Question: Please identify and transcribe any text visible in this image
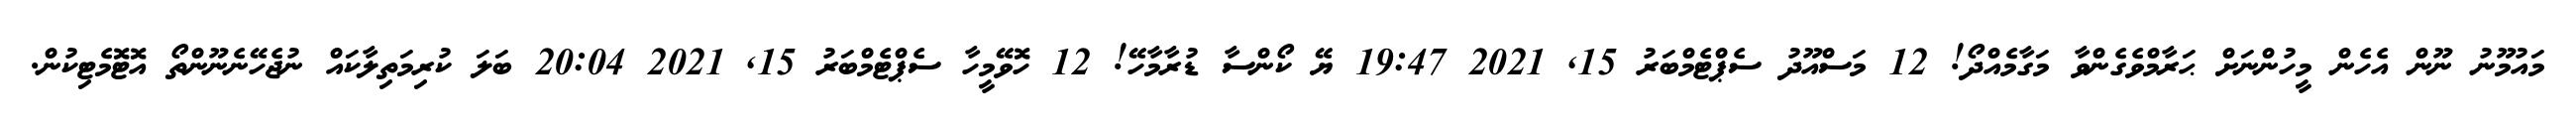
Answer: މައުމޫނު ނޫން އެހެން މީހުންނަށް ޙަރާމްވެގެންވާ މަގާމެއްދޯ! 12 މަސްއޫދު ސެޕްޓެމްބަރު 15, 2021 19:47 ޔޭ ކޯންސާ ޑުރާމާހޭ! 12 ހޮވޭމީހާ ސެޕްޓެމްބަރު 15, 2021 20:04 ބަލަ ކުރިމަތިލާކައް ނުޖެހޭނެނޫންތޯ އޮޓޮމެޓިކުން.